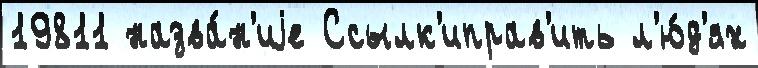
19811 назва́н'иjе Ссылк'иправ'ить л'ю́д'ях